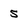
Character: 5